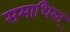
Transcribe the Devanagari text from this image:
समाधिस्त्